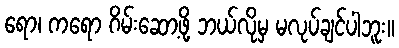
ရော၊ ကရော ဂိမ်းဆော့ဖို့ ဘယ်လိုမှ မလုပ်ချင်ပါဘူး။